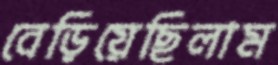
বেড়িয়েছিলাম